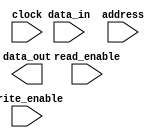
module Memory_Block(
    input wire [31:0] data_in,
    output reg [31:0] data_out,
    input wire [3:0] address,
    input wire write_enable,
    input wire read_enable,
    input wire clock
);

// Memory block implementation

endmodule